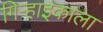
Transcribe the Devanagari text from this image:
गिऱ्हाइकाला